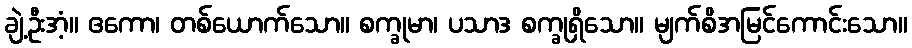
ချဲ့ဦးအံ့။ ဧကော၊ တစ်ယောက်သော။ စက္ခုမာ၊ ပသာဒ စက္ခုရှိသော။ မျက်စိအမြင်ကောင်းသော။